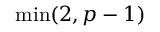
\operatorname* { m i n } ( 2 , p - 1 )